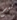
ليم